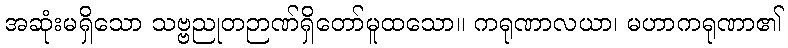
အဆုံးမရှိသော သဗ္ဗညုတဉာဏ်ရှိတော်မူထသော။ ကရုဏာလယာ၊ မဟာကရုဏာ၏